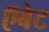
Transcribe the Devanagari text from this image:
ऍबेट